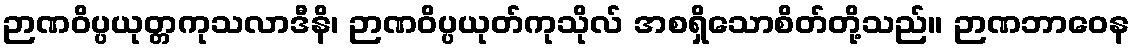
ဉာဏဝိပ္ပယုတ္တကုသလာဒီနိ၊ ဉာဏဝိပ္ပယုတ်ကုသိုလ် အစရှိသောစိတ်တို့သည်။ ဉာဏဘာဝေန